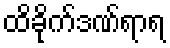
ထိခိုက်ဒဏ်ရာရ